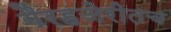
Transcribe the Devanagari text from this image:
गैरहजेरीतच